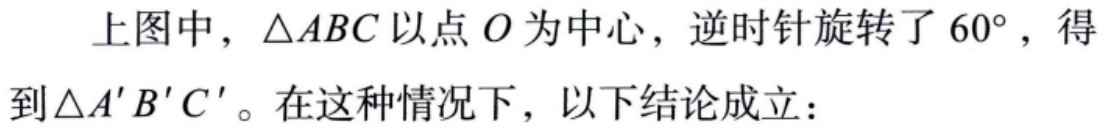
上图中，\(\triangle ABC\)以点\(O\)为中心，逆时针旋转了\(60^{\circ}\)，得到\(\triangle A'B'C'\)。在这种情况下，以下结论成立：